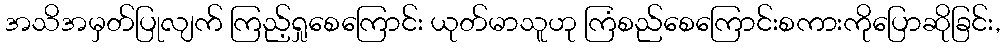
အသိအမှတ်ပြုလျက် ကြည့်ရှုစေကြောင်း ယုတ်မာသူဟု ကြံစည်စေကြောင်းစကားကိုပြောဆိုခြင်း,